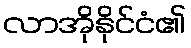
လာအိုနိုင်ငံ၏